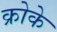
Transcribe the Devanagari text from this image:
क्रोके